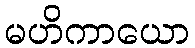
မဟိကာယော